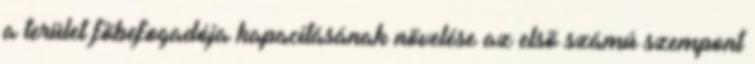
a terület fõbefogadója kapacitásának növelése az elsõ számú szempont